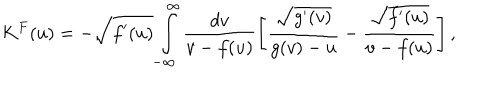
K ^ { F } ( u ) = - \sqrt { f ^ { \prime } ( u ) } \int _ { - \infty } ^ { \infty } \frac { d v } { v - f ( u ) } \left[ \frac { \sqrt { g ^ { \prime } ( v ) } } { g ( v ) - u } - \frac { \sqrt { f ^ { \prime } ( u ) } } { v - f ( u ) } \right] ,